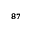
^ { 8 7 }